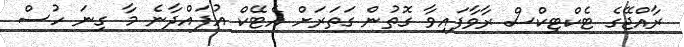
ރާއްޖޭގެ ޓެކްޓިކްސް ރާވާފައިވާ ގޮތުން ގަތަރަށް އެޓޭކް އުފައްދާނެ މާ ގިނަ ހުސް